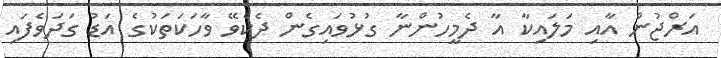
އަރްޖުން އާއި މަލައިކާ އާ ދެމީހުންނާ ގުޅުވައިގެން ދެކެވޭ ވާހަކަތަކުގެ އަޑު ގަދަވެފައި